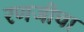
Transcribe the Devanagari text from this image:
रणजीचा